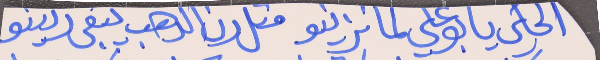
الحكي يا بو علي لما تزينو     متل رن الدهب يبقى رىينو